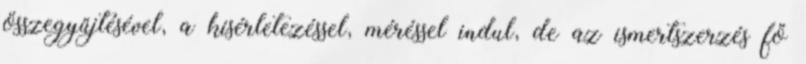
összegyűjtésével, a kísérletezéssel, méréssel indul, de az ismertszerzés fő